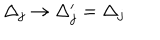
LaTeX: \Delta _ { j } \rightarrow \Delta _ { j } ^ { \prime } = \Delta _ { j }